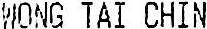
WONG TAI CHIN